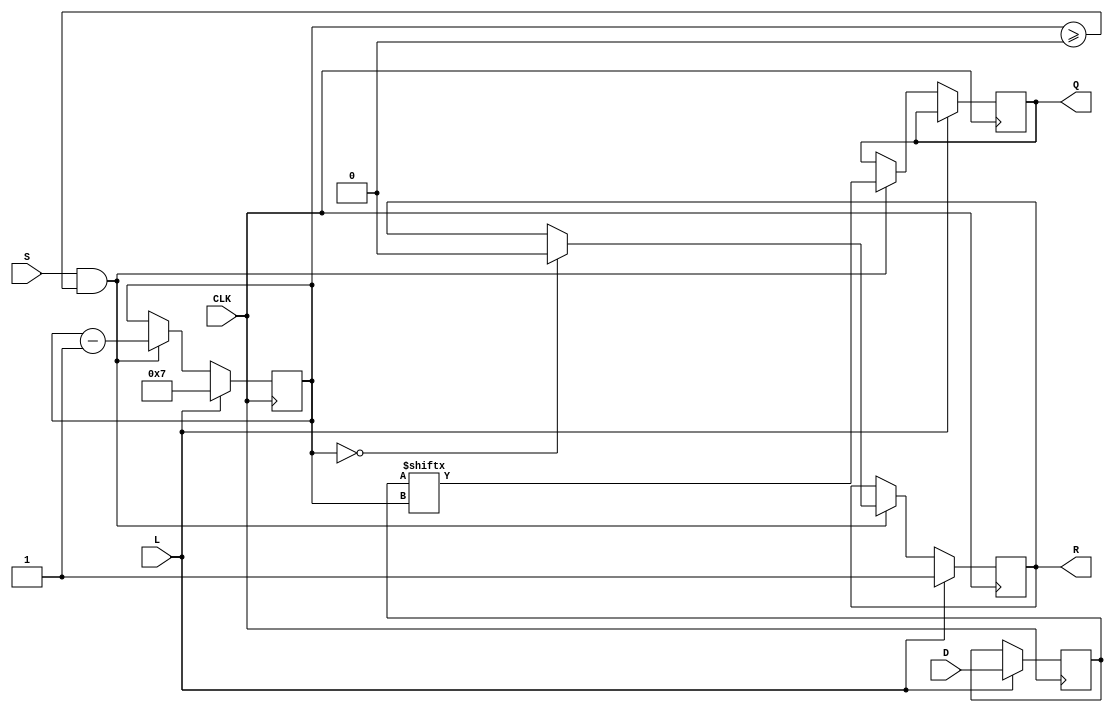
module PISO_Register #(
    parameter WIDTH = 8 // Parameter to define the width of the parallel data
)(
    input wire [WIDTH-1:0] D,      // Parallel data input
    input wire L,                   // Load control signal
    input wire CLK,                 // Clock signal
    input wire S,                   // Shift control signal
    output reg Q,                   // Serial output
    output reg R                    // Ready signal
);

    reg [WIDTH-1:0] shift_reg;      // Shift register to hold data
    reg [3:0] count;                 // Bit counter for shifting

    // Sequential logic for loading data and shifting
    always @(posedge CLK) begin
        if (L) begin
            // Load data into the shift register when Load is asserted
            shift_reg <= D;
            count <= WIDTH - 1; // Start shifting from the MSB
            R <= 1;              // Indicate that the register is ready to shift
        end
        else if (S && (count >= 0)) begin
            // Shift operation
            Q <= shift_reg[count]; // Output the current bit
            count <= count - 1;    // Decrement the counter
            if (count == 0) begin
                R <= 0;             // Indicate that shifting is done
            end
        end
    end

    // Reset the register on initialization (optional)
    initial begin
        shift_reg = 0;
        count = 0;
        Q = 0;
        R = 0;
    end

endmodule